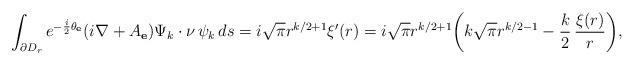
LaTeX: \begin{align*} \int_{\partial D_r}e^{-\frac{i}{2}\theta_{\mathbf e}}(i\nabla+A_{\mathbf e})\Psi_k\cdot\nu\, \psi_k\, ds=i\sqrt\pi r^{k/2+1}\xi'(r)=i\sqrt\pi r^{k/2+1}\bigg(k\sqrt{\pi}r^{k/2-1}-\frac k2\,\frac{\xi(r)}{r} \bigg),\end{align*}